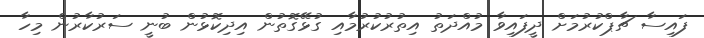
ފައިސާ ޗާޕްކުރުމަށް ދީފައިވާ މުއްދަތު އިތުރުކުރުމާއި ގުޅޭގޮތުން އިދިކޮޅުން ބުނީ ސަރުކާރުން މިހާ